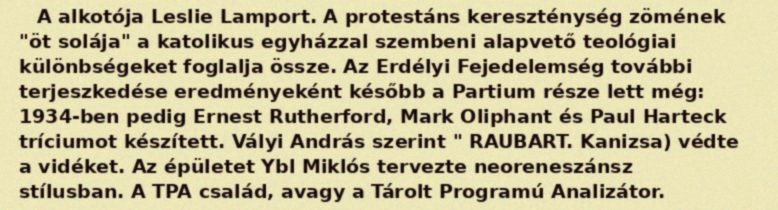
A alkotója Leslie Lamport. A protestáns kereszténység zömének "öt solája" a katolikus egyházzal szembeni alapvető teológiai különbségeket foglalja össze. Az Erdélyi Fejedelemség további terjeszkedése eredményeként később a Partium része lett még: 1934-ben pedig Ernest Rutherford, Mark Oliphant és Paul Harteck tríciumot készített. Vályi András szerint " RAUBART. Kanizsa) védte a vidéket. Az épületet Ybl Miklós tervezte neoreneszánsz stílusban. A TPA család, avagy a Tárolt Programú Analizátor.